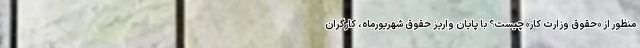
منظور از «حقوق وزارت کار» چیست؟ با پایان واریز حقوق شهریورماه، کارگران